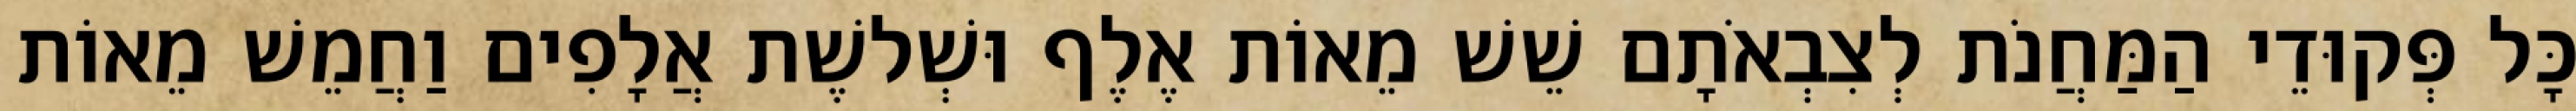
כָּל פְּקוּדֵי הַמַּחֲנֹת לְצִבְאֹתָם שֵׁשׁ מֵאוֹת אֶלֶף וּשְׁלשֶׁת אֲלָפִים וַחֲמֵשׁ מֵאוֹת